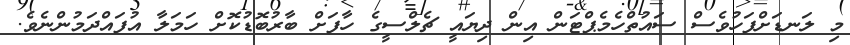
މި ލަނޑަށްފަހުވެސް ސައުތްހެމެޕްޓަން އިން ދިޔައީ ޗެލްސީގެ ހާފަށް ބާރުބޮޑުކޮށް ހަމަލާ އުފައްދަމުންނެވެ.